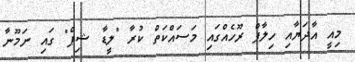
މިއީ އާދަޔާއި ހިލާފް ރޫހެއްގައި މަސައްކަތް ކުރާ "ލީޑާ ޝިޕް" ގައި ނަމޫނާ